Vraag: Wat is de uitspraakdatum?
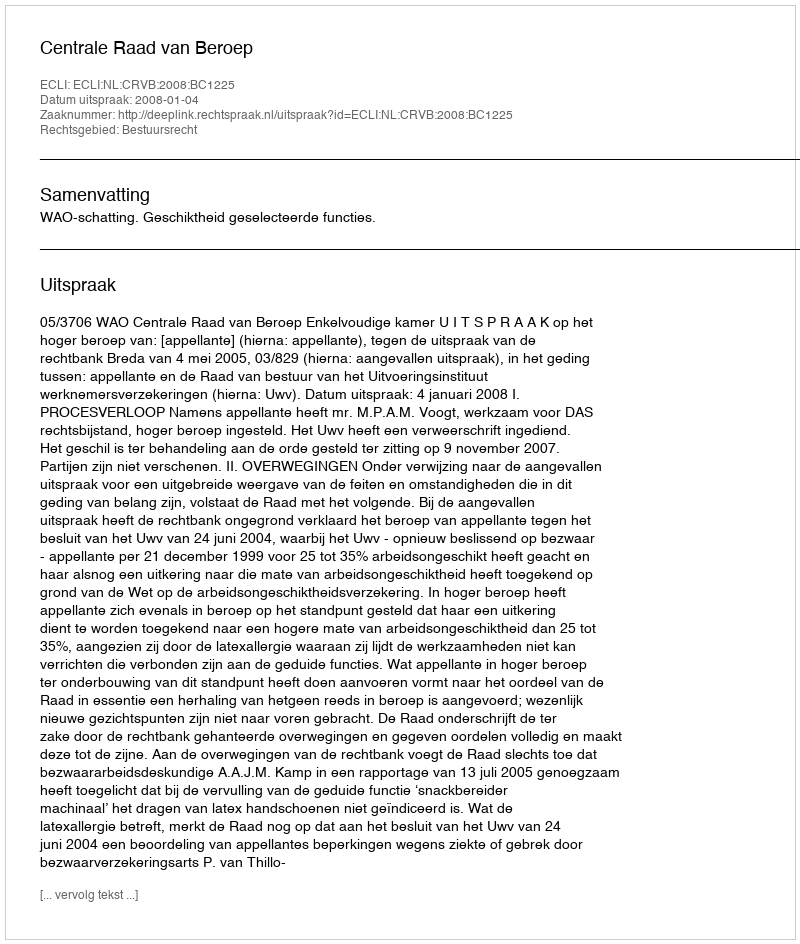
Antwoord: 2008-01-04